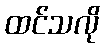
ထင်သလို